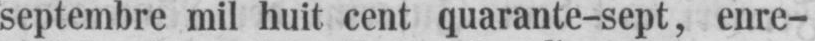
septembre mil huit cent quarante-sept, enre-